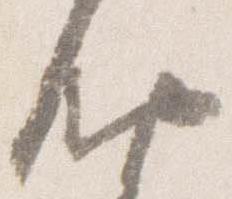
納